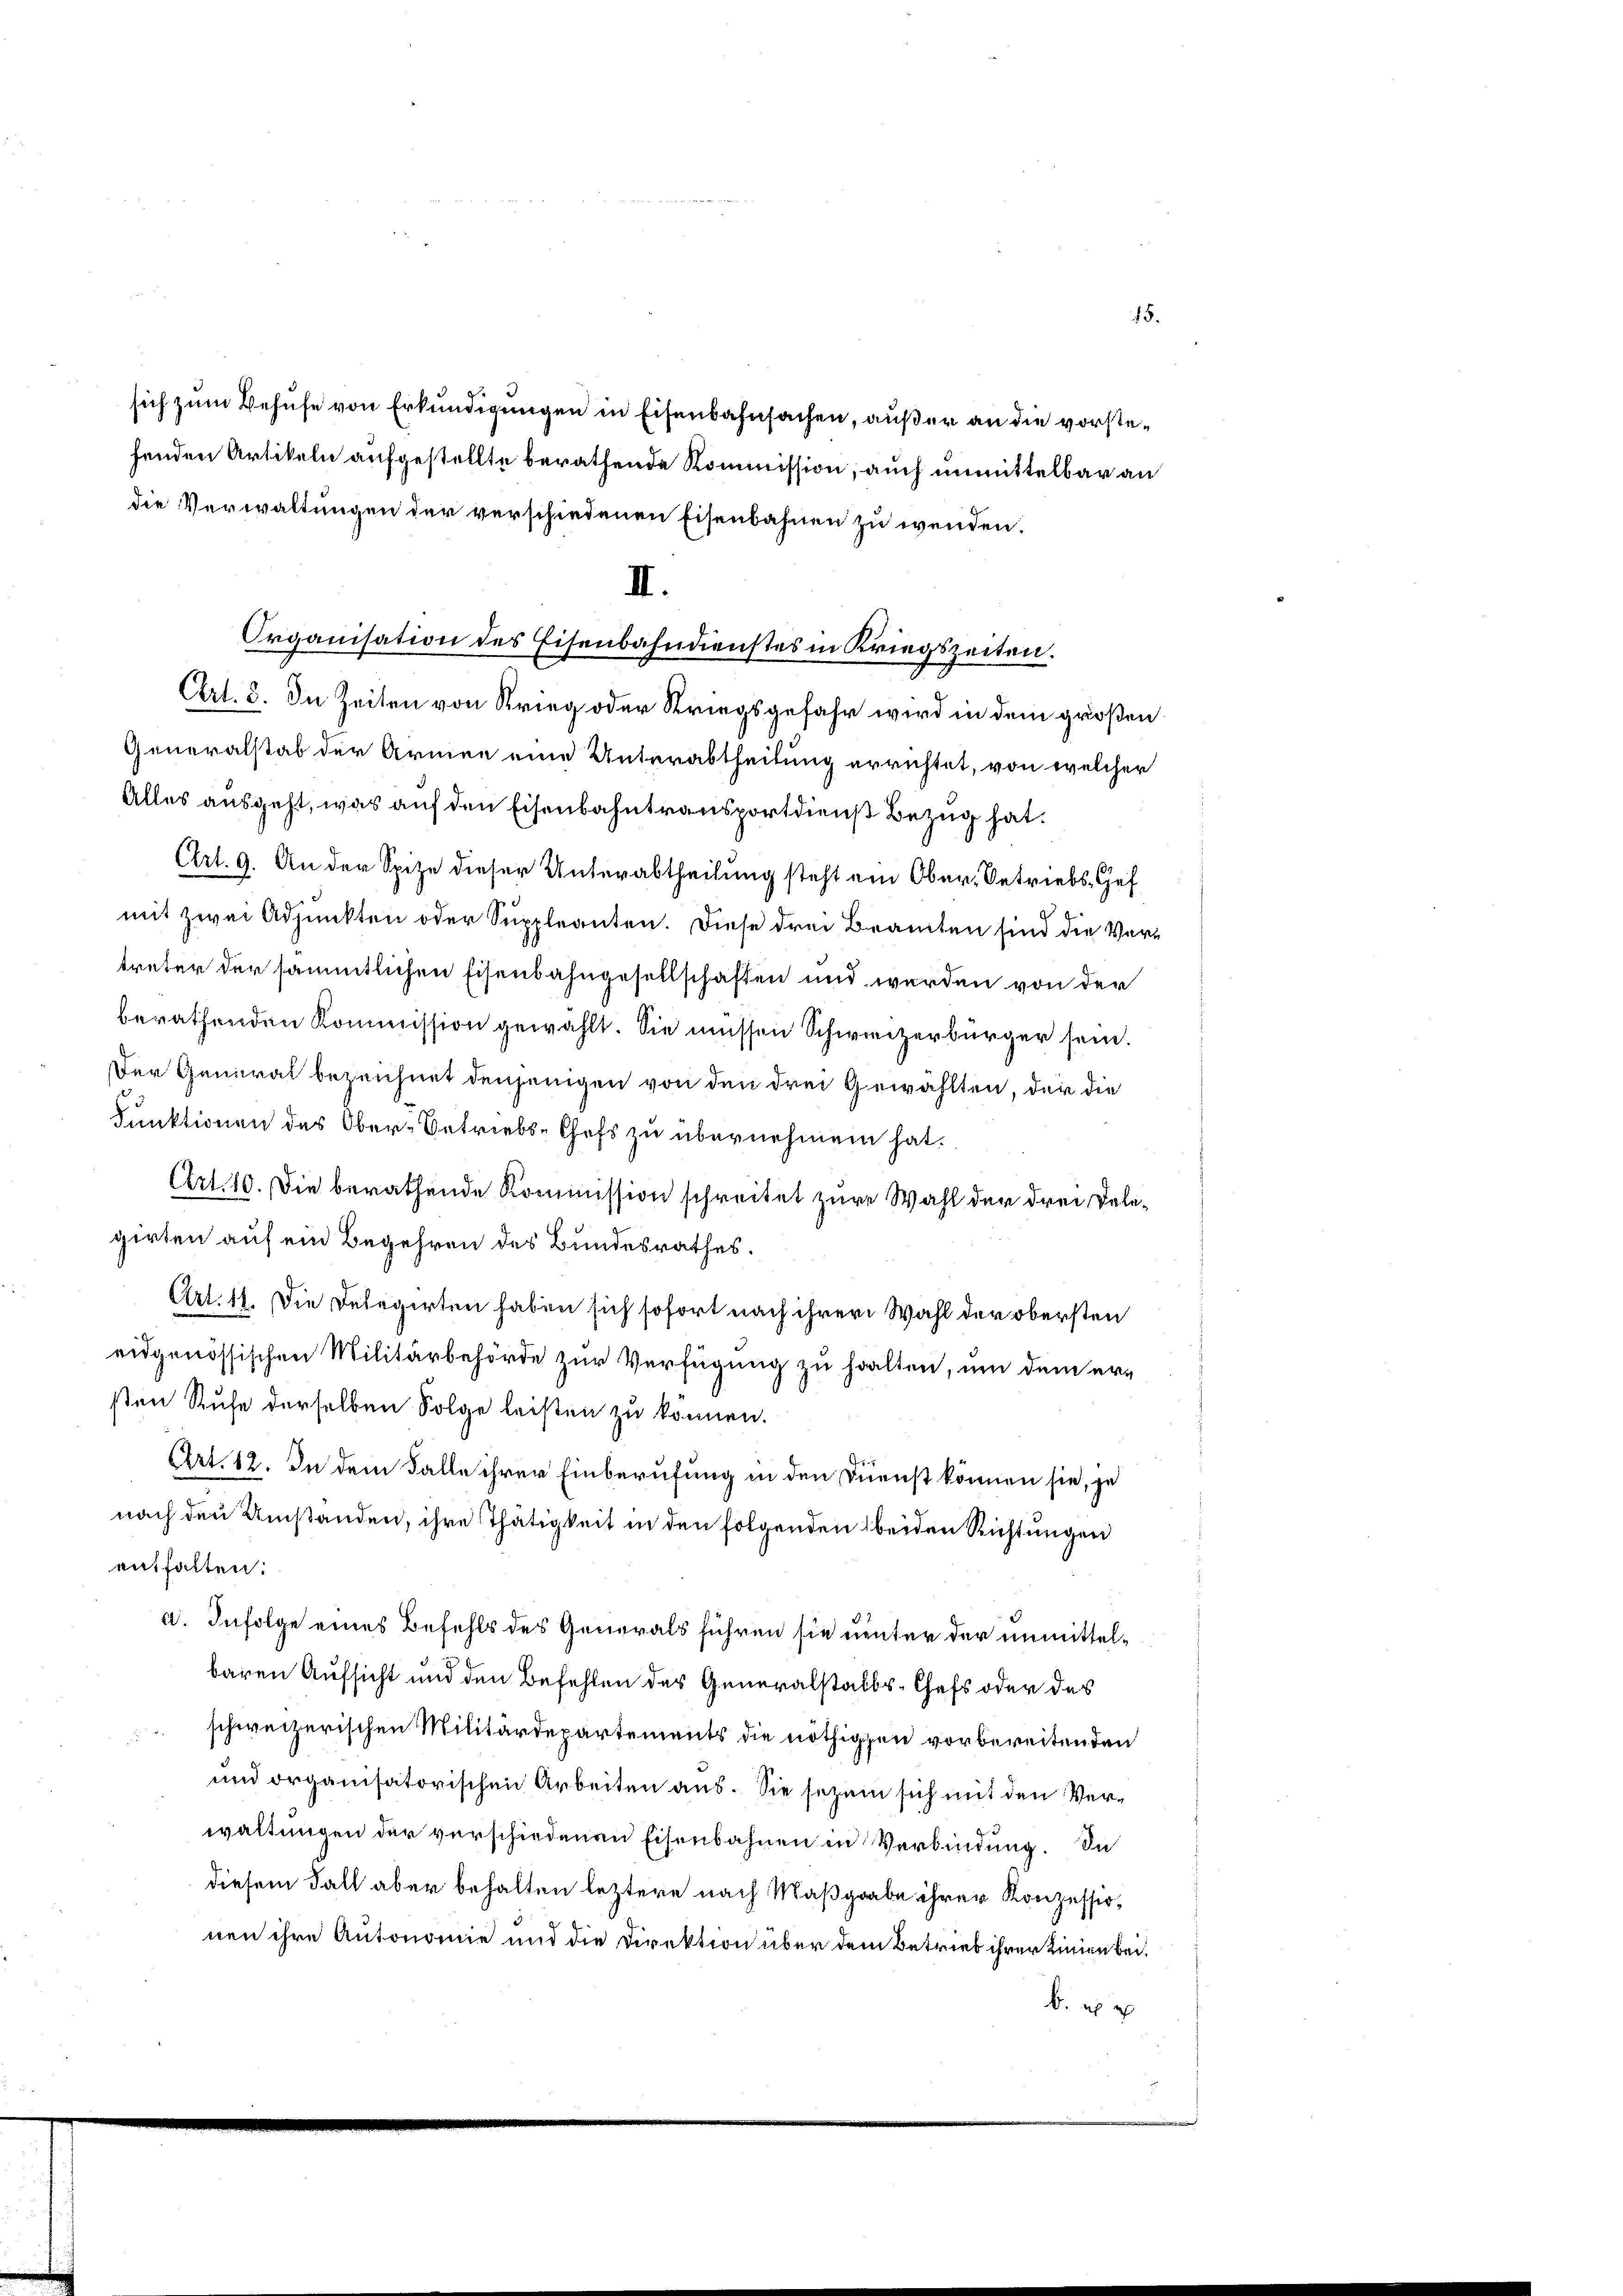
Organisation des Eisenbahndienstes in Kriegszeiten.

II.

sich zum Behufe von Erkundigungen in Eisenbahnsachen, außer an die vorstefenden Artikeln aufgestellte berathende Kommission, auch unmittelbar an
die Verwaltungen der verschiedenen Eisenbahnen zu wenden.
Art. 3. In Zeiten von Krieg oder Kriegsgefahr wird in dem großen
Generalstab der Armee eine Unterabtheilung errichtet, von welcher
Alles ausgeht, was auf den Eisenbahntransportdienst Bezug hat.
Art. 9. An der Spitze dieser Unterabtheilung steht ein Ober- Betriebs- Gef
mit zwei Adjunkten oder Suppleanten. Diese drei Beamten sind die Vertreter der sämmtlichen Eisenbahngesellschaften und werden von der
berathenden Kommission gewählt. Sie müssen Schweizerbürger sein.
Der General bezeichnet denjenigen von den drei Gewählten, der die
Funktionen des Ober-Betriebs-Chefs zu übernehmen hat.
Art. 10. Die berathende Kommission schreitet zur Wahl der drei Delegirten auf ein Begehren des Bundesrathes.
Art. 11. Die Delegirten haben sich sofort nach ihrer Wahl der obersten
eidgenössischen Militärbehörde zur Verfügung zu halten, um dem ersten Rufe derselben Folge leisten zu können.
.
Art. 12. In dem Falle ihrer Einberufung in den Dienst können sie, je
nach den Umstanden, ihre Thätigkeit in den folgenden beiden Richtungen
enthalten:
a. Infolge eines Befehls des Generals führen sie unter der unmittelbaren Aufsicht und den Befehlen des Generalstalts-Chefs oder das
schweizerischen Militärdepartements die nöthigen vorbereitenden
und organisatorischen Arbeiten aus. Sie sezen sich mit den Verwaltungen der verschiedenen Eisenbahnen in Verbindung. In
diesem Fall aber behalten letztere nach Maßgabe ihrer Konzession
nen ihre Antonomie und die Direktion über dem Betrieb ihrer Linien bei.
b a

15.